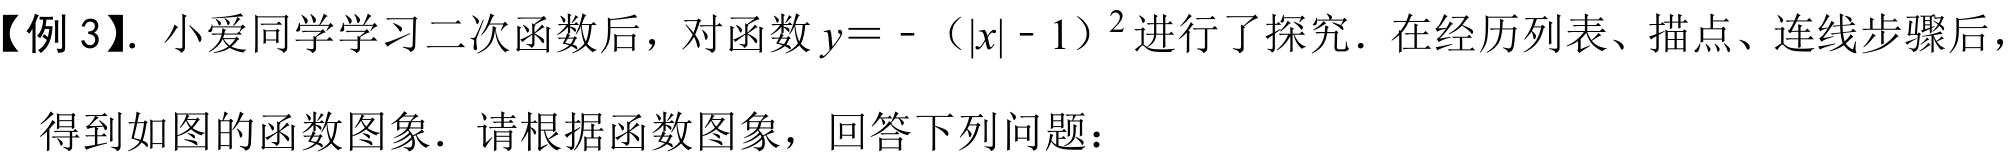
【例3】. 小爱同学学习二次函数后，对函数\(y = - (\vert x\vert - 1)^{2}\)进行了探究．在经历列表、描点、连线步骤后，得到如图的函数图象．请根据函数图象，回答下列问题：